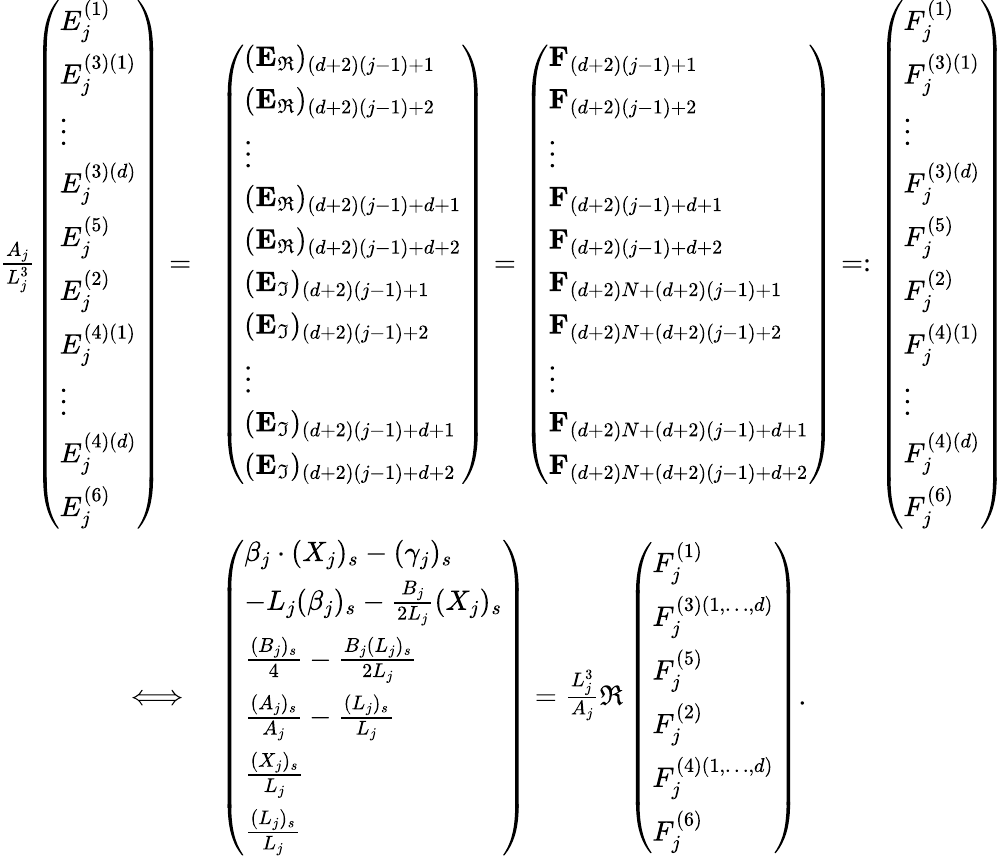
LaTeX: \begin{array}{rl}{\frac{A_{j}}{L_{j}^{3}}\left(\begin{array}{l}{E_{j}^{(1)}}\\ {E_{j}^{(3)(1)}}\\ {\vdots}\\ {E_{j}^{(3)(d)}}\\ {E_{j}^{(5)}}\\ {E_{j}^{(2)}}\\ {E_{j}^{(4)(1)}}\\ {\vdots}\\ {E_{j}^{(4)(d)}}\\ {E_{j}^{(6)}}\end{array}\right)=}&{\left(\begin{array}{l}{(\mathbf{E}_{\Re})_{(d+2)(j-1)+1}}\\ {(\mathbf{E}_{\Re})_{(d+2)(j-1)+2}}\\ {\vdots}\\ {(\mathbf{E}_{\Re})_{(d+2)(j-1)+d+1}}\\ {(\mathbf{E}_{\Re})_{(d+2)(j-1)+d+2}}\\ {(\mathbf{E}_{\Im})_{(d+2)(j-1)+1}}\\ {(\mathbf{E}_{\Im})_{(d+2)(j-1)+2}}\\ {\vdots}\\ {(\mathbf{E}_{\Im})_{(d+2)(j-1)+d+1}}\\ {(\mathbf{E}_{\Im})_{(d+2)(j-1)+d+2}}\end{array}\right)=\left(\begin{array}{l}{\mathbf{F}_{(d+2)(j-1)+1}}\\ {\mathbf{F}_{(d+2)(j-1)+2}}\\ {\vdots}\\ {\mathbf{F}_{(d+2)(j-1)+d+1}}\\ {\mathbf{F}_{(d+2)(j-1)+d+2}}\\ {\mathbf{F}_{(d+2)N+(d+2)(j-1)+1}}\\ {\mathbf{F}_{(d+2)N+(d+2)(j-1)+2}}\\ {\vdots}\\ {\mathbf{F}_{(d+2)N+(d+2)(j-1)+d+1}}\\ {\mathbf{F}_{(d+2)N+(d+2)(j-1)+d+2}}\end{array}\right)=:\left(\begin{array}{l}{F_{j}^{(1)}}\\ {F_{j}^{(3)(1)}}\\ {\vdots}\\ {F_{j}^{(3)(d)}}\\ {F_{j}^{(5)}}\\ {F_{j}^{(2)}}\\ {F_{j}^{(4)(1)}}\\ {\vdots}\\ {F_{j}^{(4)(d)}}\\ {F_{j}^{(6)}}\end{array}\right)}\\ {\iff}&{\left(\begin{array}{l}{\beta_{j}\cdot(X_{j})_{s}-(\gamma_{j})_{s}}\\ {-L_{j}(\beta_{j})_{s}-\frac{B_{j}}{2L_{j}}(X_{j})_{s}}\\ {\frac{(B_{j})_{s}}{4}-\frac{B_{j}(L_{j})_{s}}{2L_{j}}}\\ {\frac{(A_{j})_{s}}{A_{j}}-\frac{(L_{j})_{s}}{L_{j}}}\\ {\frac{(X_{j})_{s}}{L_{j}}}\\ {\frac{(L_{j})_{s}}{L_{j}}}\end{array}\right)=\frac{L_{j}^{3}}{A_{j}}\Re\left(\begin{array}{l}{F_{j}^{(1)}}\\ {F_{j}^{(3)(1,\dots,d)}}\\ {F_{j}^{(5)}}\\ {F_{j}^{(2)}}\\ {F_{j}^{(4)(1,\dots,d)}}\\ {F_{j}^{(6)}}\end{array}\right).}\end{array}